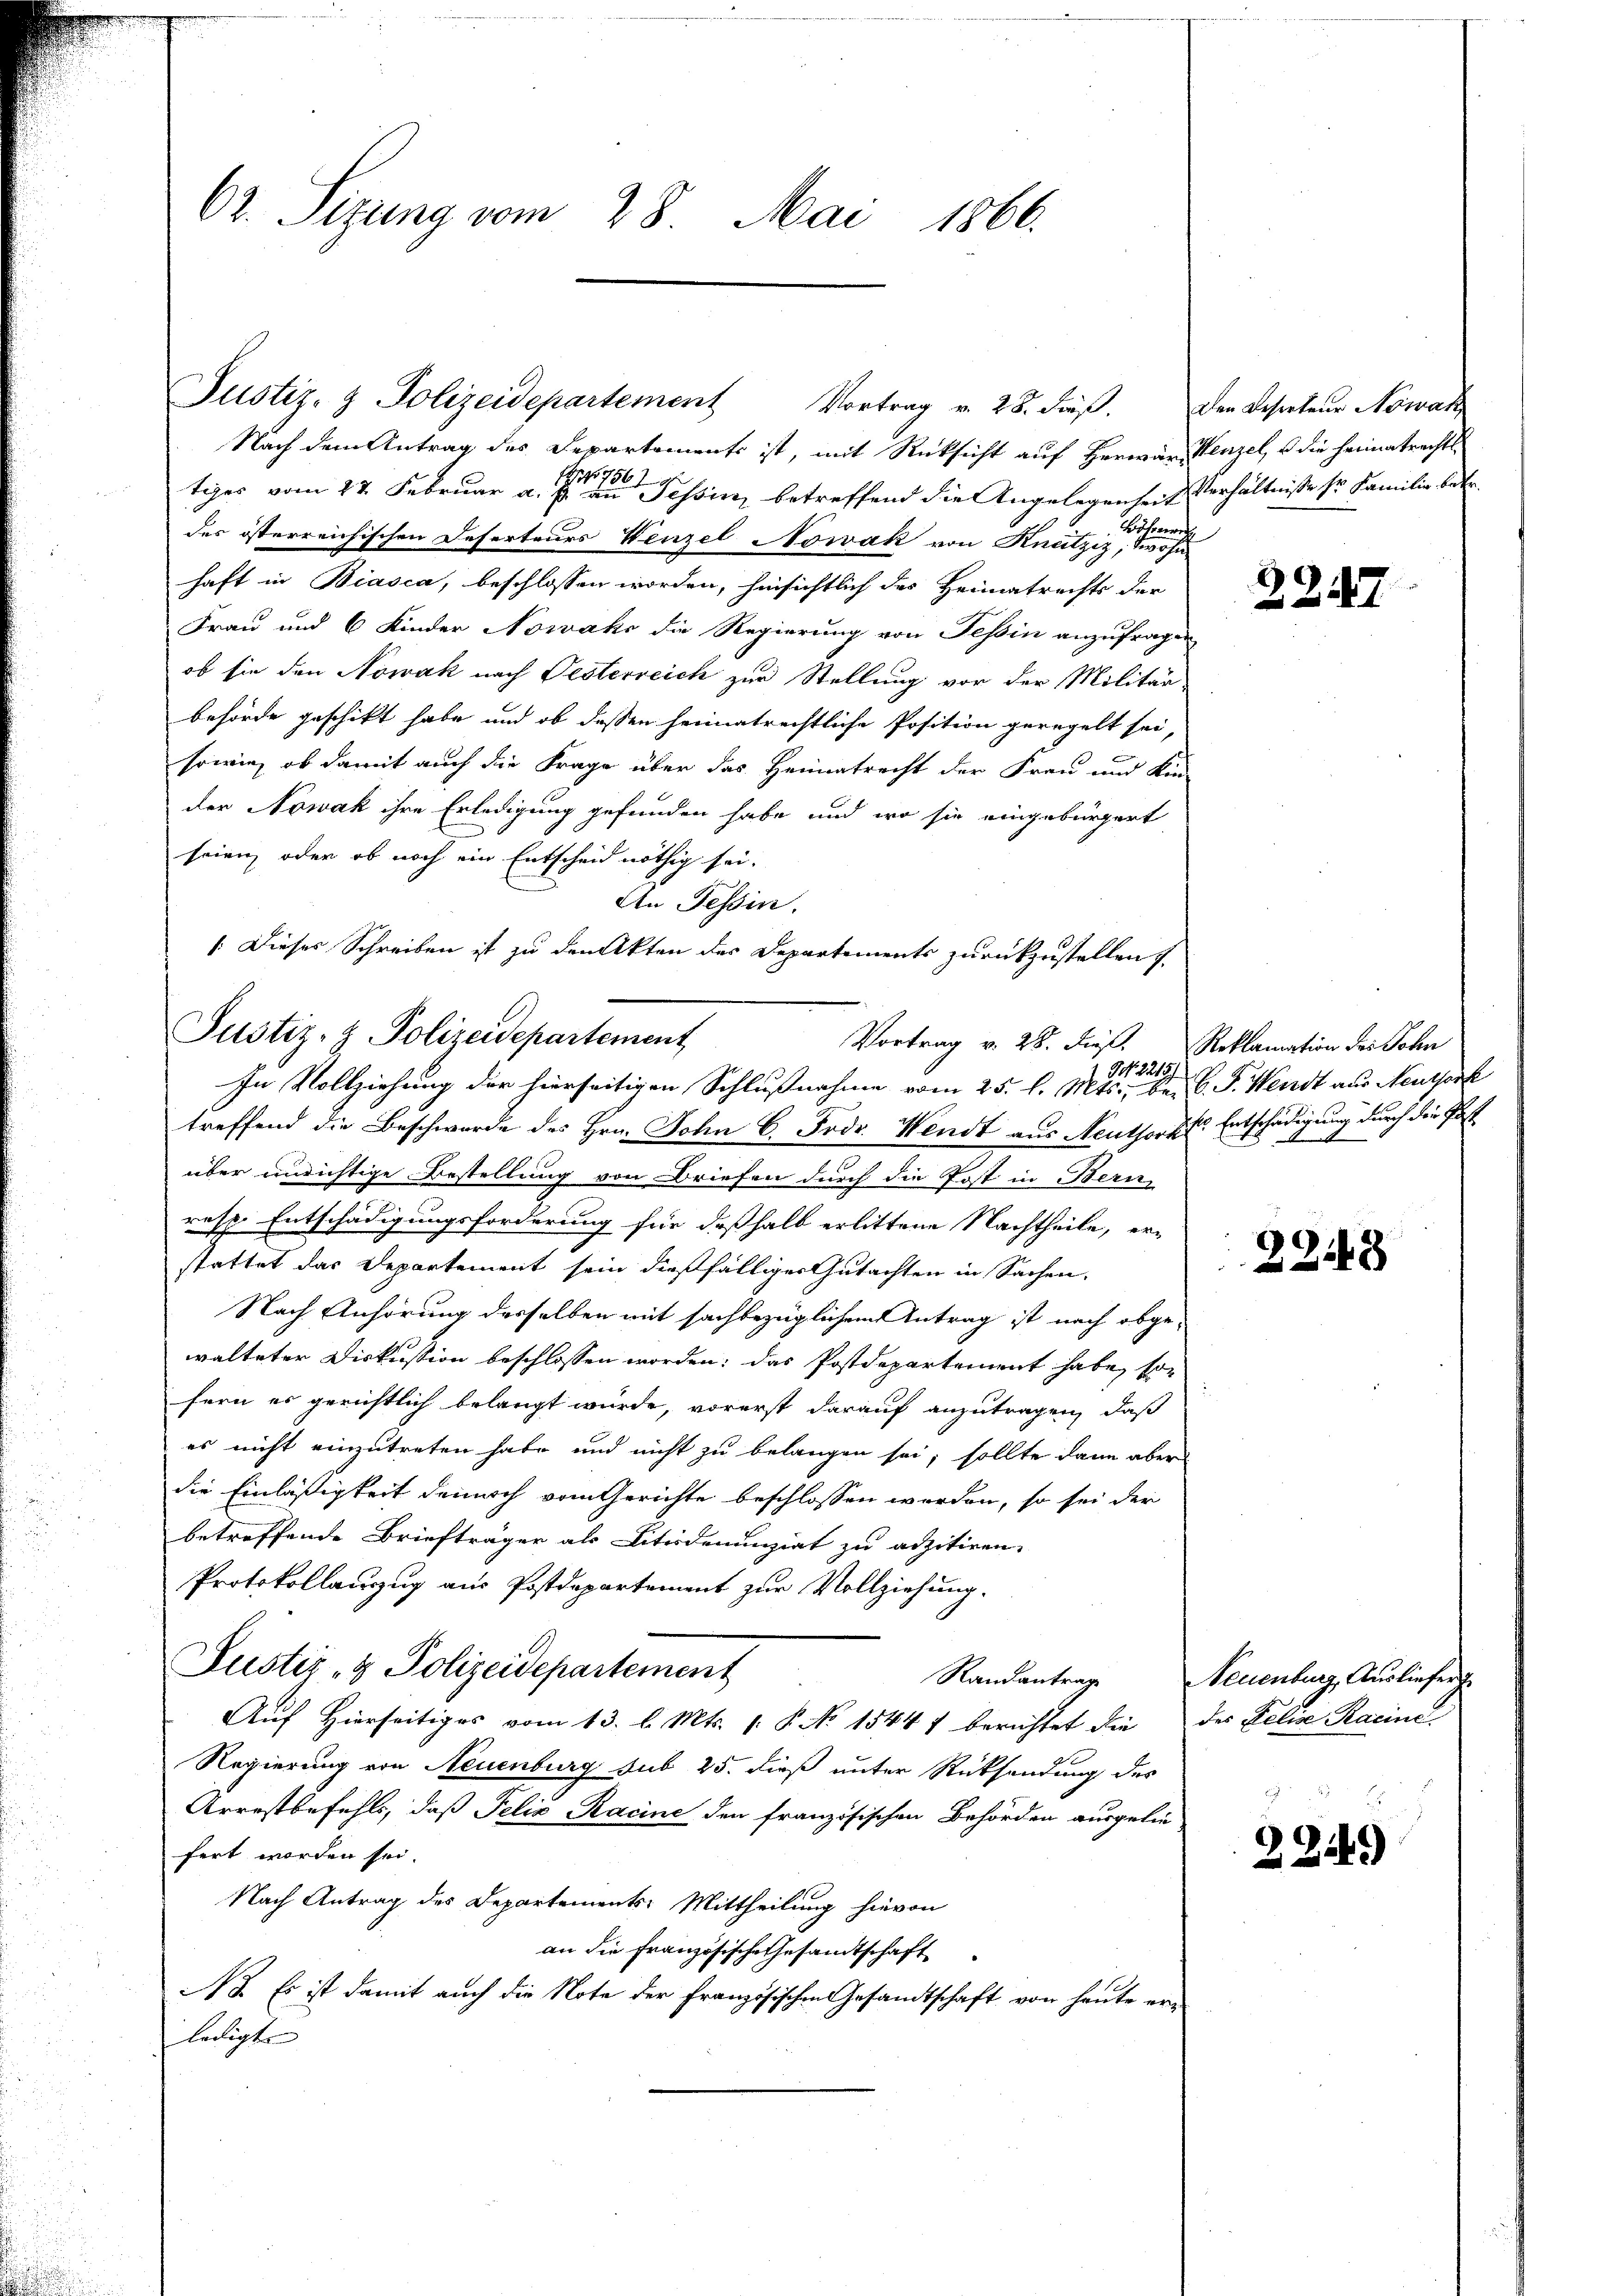
62. Sizung vom 28. Mai 1866.

Justiz- & Polizeidepartement Vortrag v. 28. dieβ.

Nach dem Antrag des Departements ist, mit Rücksicht auf Herwar Kenzel, u die heimatrechtstiges vom 22. Februar a. g. Tessin, betreffend die Angelegenheit Verhältnisse sr Familie betr.
des österreichischen Deserteurs Wenzel Nowak von Knatziz, wohnhaft in Biasca, beschlossen worden, hinsichtlich des Heimatrechts der
Frau und 6 Kinder Nowak die Regierung von Tessin anzufragen
ob sie den Nowak nach Oesterreich zur Stellung vor der Militär-
behörde geschikt habe und ob dessen heimatrechtliche Position geregelt sei,
sowie, ob damit auch die Frage über das Heimatrecht der Frau und Kin-
der Nowak ihre Erledigung gefunden habe und wo sie eingebürgert
seien, oder ob noch ein Entscheid nöthig sei.
In Tessin.
 721.
treffend die Beschwerde des Hrn. John C. Frdr. Wendt aus Neuthor Entschädigung durch die Past
über unrichtige Bestellung von Briefen durch die Post in Bern
resp. Entschädigungsforderung für deßhalb erlittene Nachtheile, er-
stattet das Departement sein dießfälliger Gutachten in Sachen.
Nach Anhörung desselben mit sachbezüglichem Antrag ist nach abge-
walteter Diskussion beschlossen worden; das Postdepartement habe, son
fern es gerichtlich belangt wurde, vorerst darauf anzutragen, daß
es nicht einzutreten habe und nicht zu belangen sei; sollte dann aber
die Einläßigkeit dennoch vom Gerichte beschlossen worden, so sei der
betreffende Briefträger als Literdenunziat zu adzitiren.
Protokollauszug aus Postdepartement zur Vollziehung.
Justiz- & Polizeidepartement
Randantrage
Aŭf Hierseitiges vom 13. l. Mts. 1. P. No 1544 f berichtet die des Felige Racine
Regierung von Neuenburg sub 25. dieß unter Rücksendung des
Arrestbefehls, daß Felix Racine den französischen Behörden ausgelie
fert worden sei.
Nach Antrag des Departements-Mittheilung hievon
an die Französische Gesandtschaft
NB. Es ist damit auch die Note der Französischen Gesandtschaft von heute erledigte

: Dieses Schreiben ist zu den Akten der Departements zurückzustellen
Justiz- & Polizeidepartement
In Vollziehung der hierseitigen Schlußnahme vom 25. l. Mts., bei C. J. Wendt aus Neutserk

Vortrag v. 28. dieß. Reklamation des Sohn

den Reserteur Nowak
Böhren

2247

i

2248

Neuenburg, Ausliefer

22149)